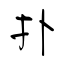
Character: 扑